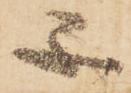
不